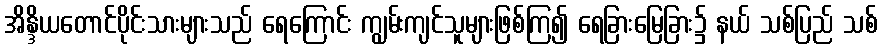
အိန္ဒိယတောင်ပိုင်းသားများသည် ရေကြောင်း ကျွမ်းကျင်သူများဖြစ်ကြ၍ ရေခြားမြေခြား၌ နယ် သစ်ပြည် သစ်